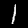
Label: 1